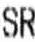
SR